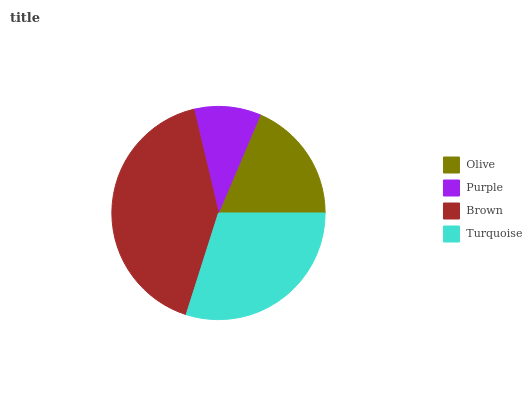
| Olive | Purple | Brown | Turquoise |
 | --- | --- | --- | --- |
 | 18.6% | 10.1% | 41.4% | 29.9% |